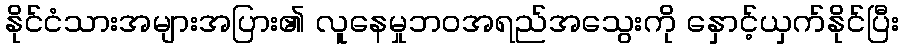
နိုင်ငံသားအများအပြား၏ လူနေမှုဘဝအရည်အသွေးကို နှောင့်ယှက်နိုင်ပြီး